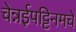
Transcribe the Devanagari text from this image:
चेन्नईपट्टिनमचे